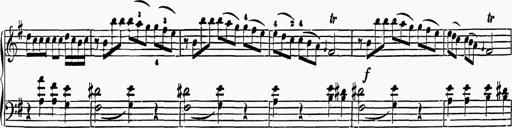
Title: 6 Sonatas
Composer: Muzio Clementi